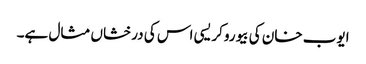
ایوب خان کی بیوروکریسی اس کی درخشاں مثال ہے۔